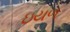
ઇયળ